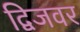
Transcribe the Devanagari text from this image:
द्विजवर